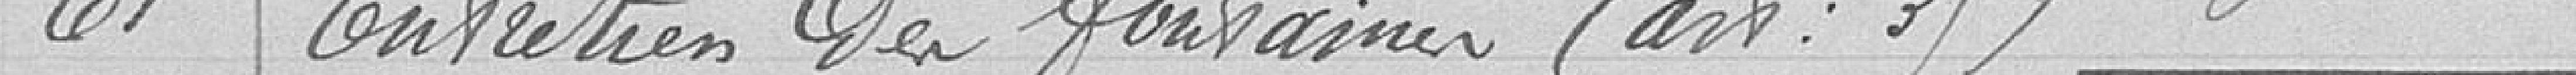
61 Entretien des fontaines (art : 39)